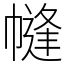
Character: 㡝